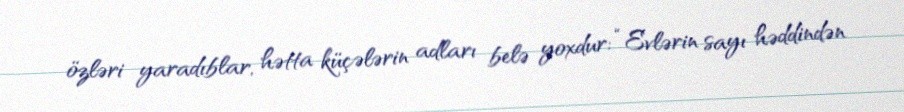
özləri yaradıblar, hətta küçələrin adları belə yoxdur: “Evlərin sayı həddindən